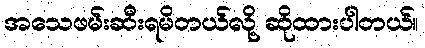
အသေဖမ်းဆီးရမိတယ်လို့ ဆိုထားပါတယ်။